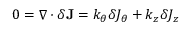
0 = \nabla \cdot \delta \mathbf { J } = k _ { \theta } \delta J _ { \theta } + k _ { z } \delta J _ { z }